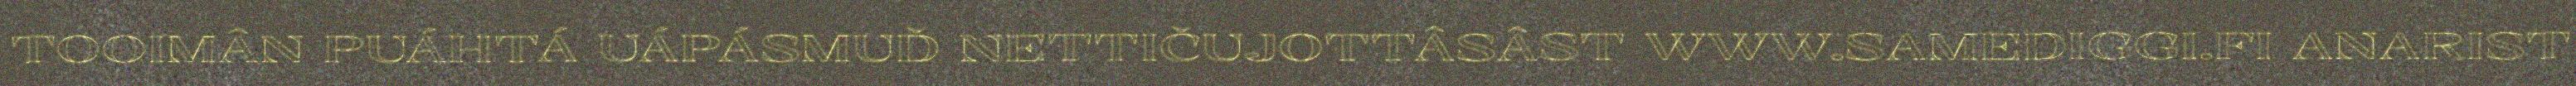
TOOIMÂN PUÁHTÁ UÁPÁSMUĐ NETTIČUJOTTÂSÂST WWW.SAMEDIGGI.FI ANARIST